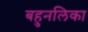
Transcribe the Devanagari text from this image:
बहुनलिका